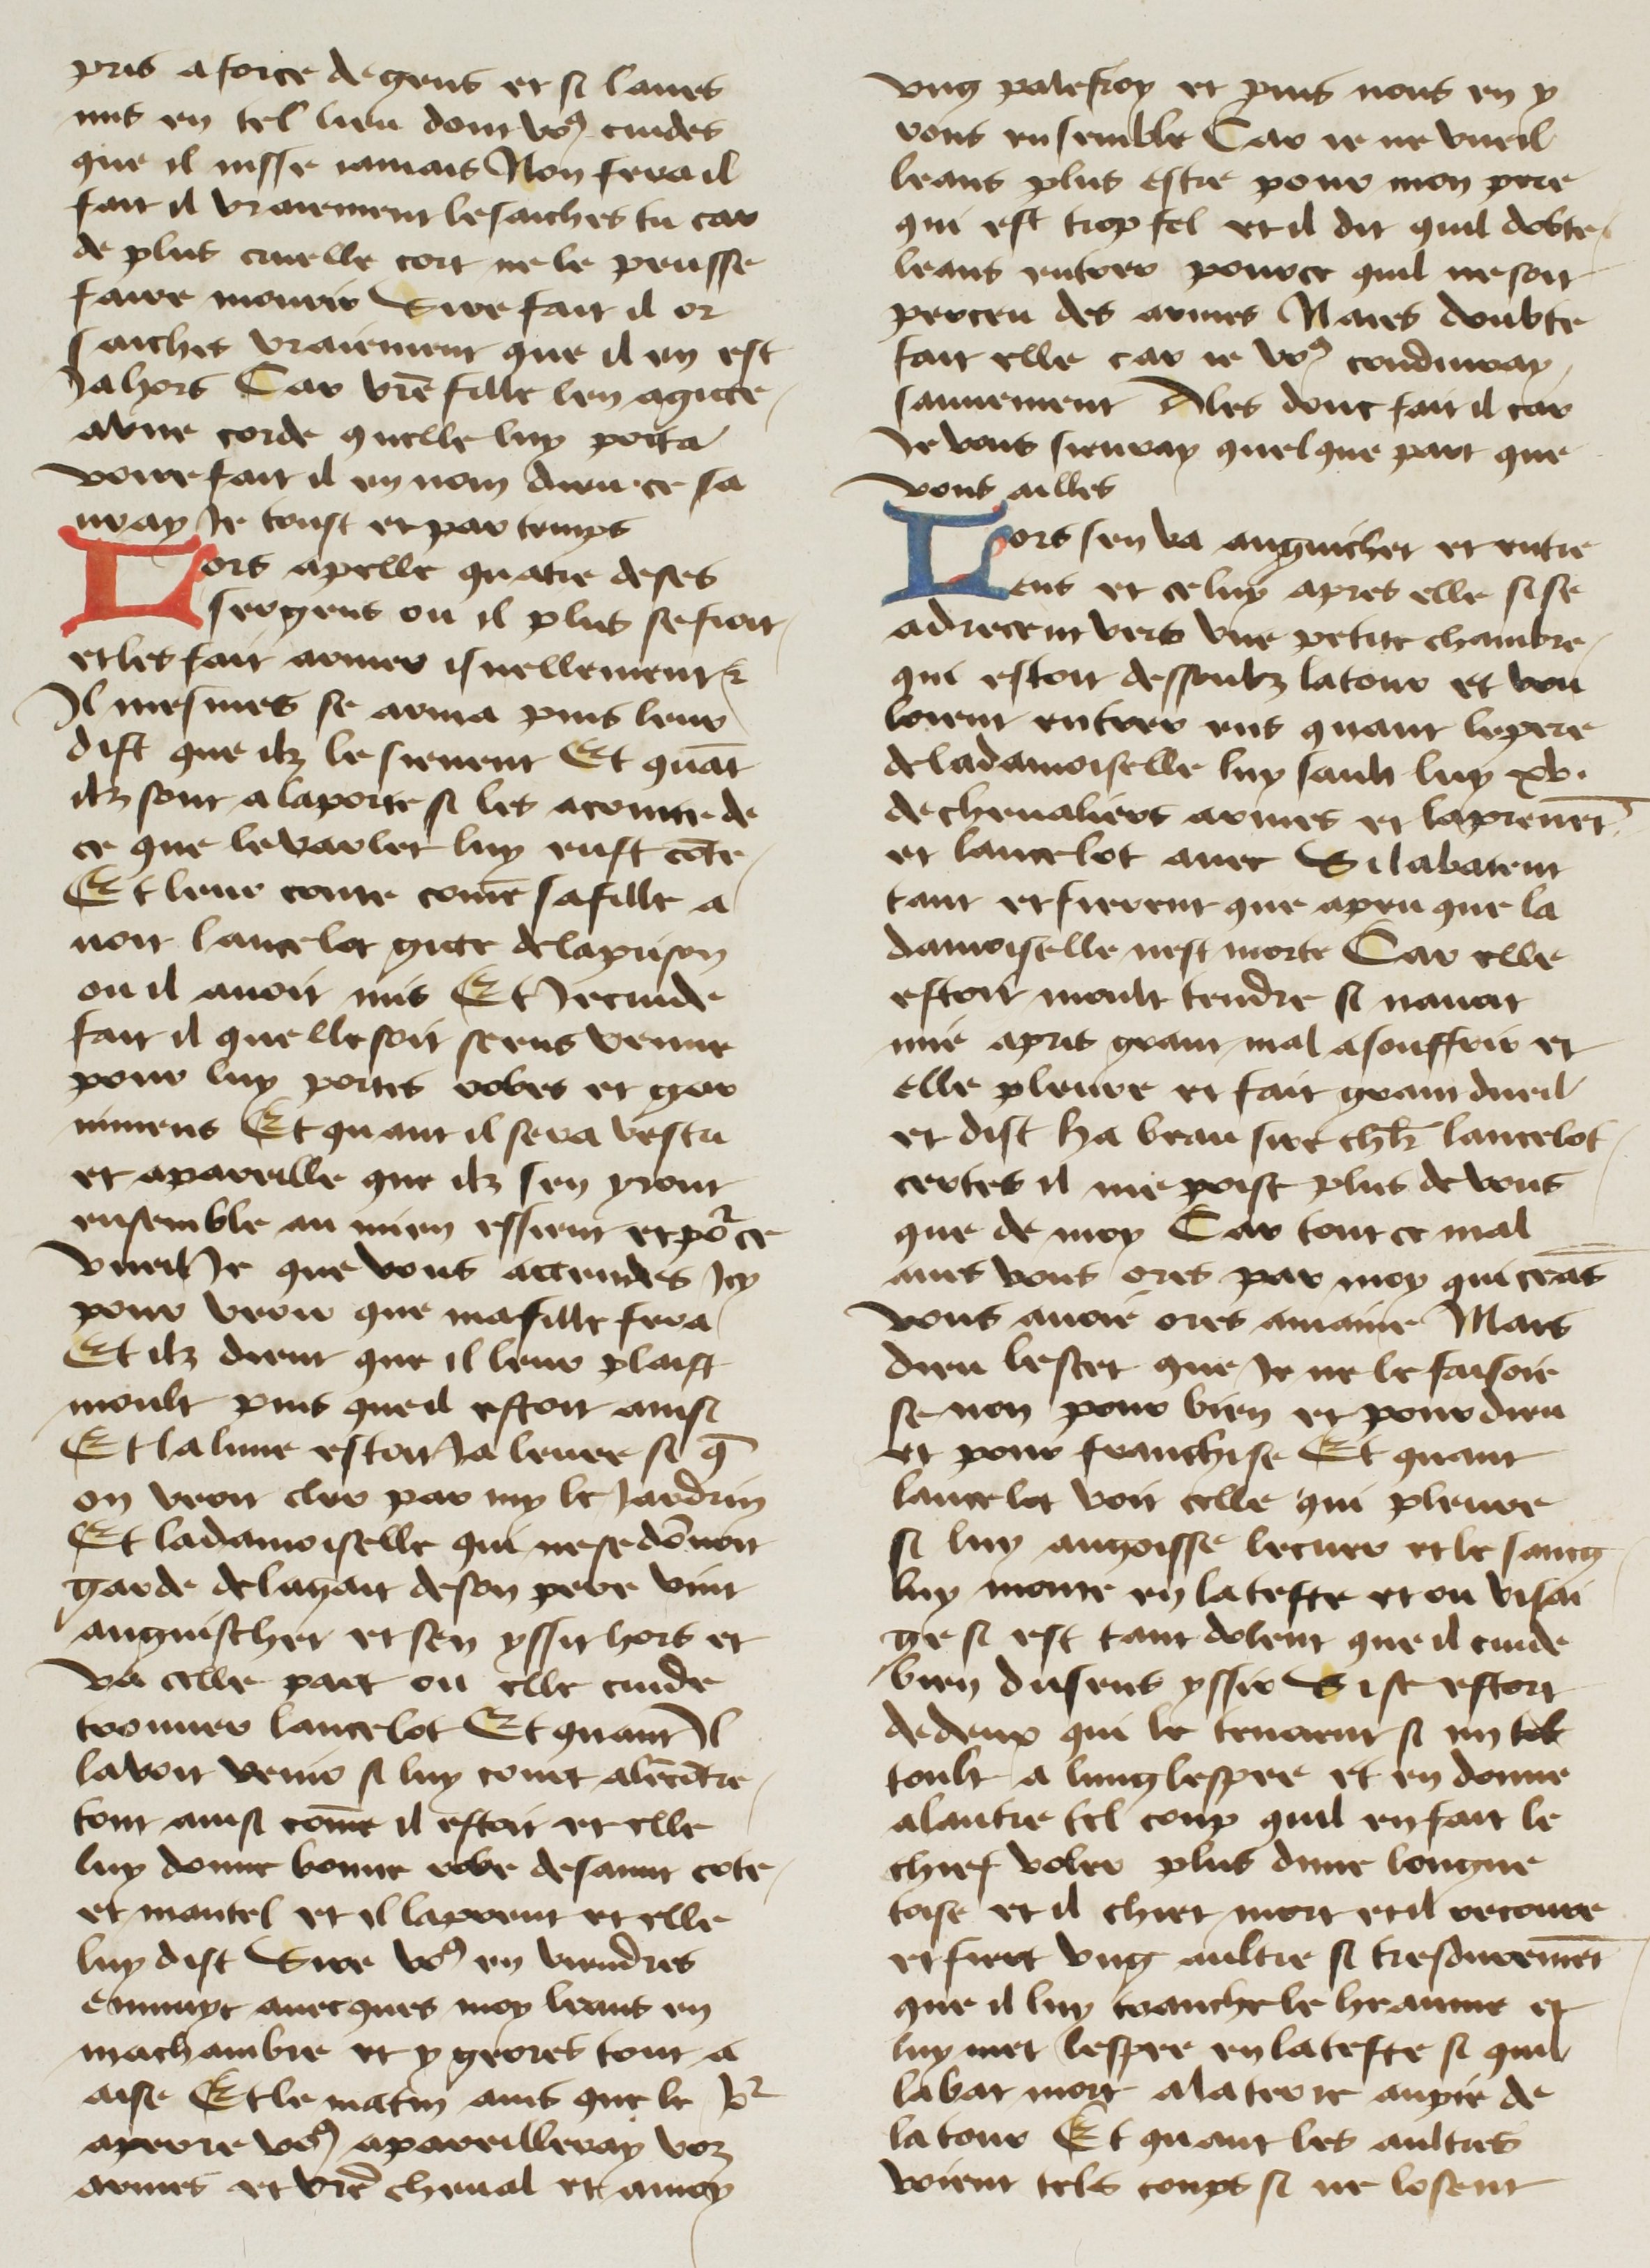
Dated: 1400–1499